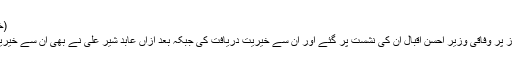
(خبر جاری ہے)
اجلاس کے آغاز پر وفاقی وزیر احسن اقبال ان کی نشست پر گئے اور ان سے خیریت دریافت کی جبکہ بعد ازاں عابد شیر علی نے بھی ان سے خیریت دریافت کی۔